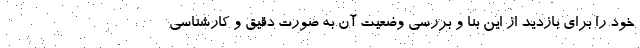
خود را برای بازدید از این بنا و بررسی وضعیت آن به صورت دقیق و کارشناسی